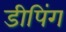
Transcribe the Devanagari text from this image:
डीपिंग